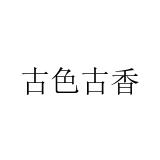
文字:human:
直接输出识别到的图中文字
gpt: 古色古香